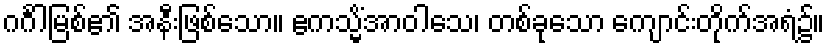
ဂင်္ဂါမြစ်၏ အနီးဖြစ်သော။ ဧကသ္မိံအာဝါသေ၊ တစ်ခုသော ကျောင်းတိုက်အရံ၌။